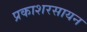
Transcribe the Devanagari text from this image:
प्रकाशरसायन